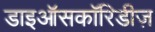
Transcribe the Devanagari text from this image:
डाइऑसकॉरिडीज़